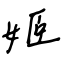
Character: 姬